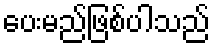
ပေးမည်ဖြစ်ပါသည်